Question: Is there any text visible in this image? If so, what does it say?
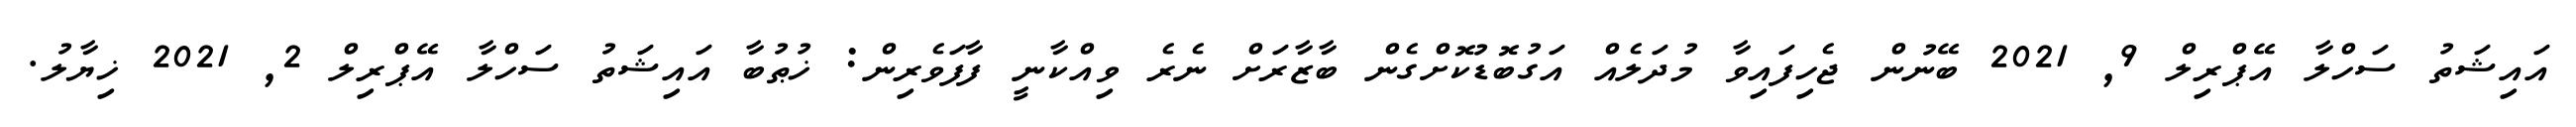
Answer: އައިޝަތު ސަހްލާ އޭޕްރިލް 9, 2021 ބޭނުން ޖެހިފައިވާ މުދަލެއް އަގުބޮޑުކޮށްގެން ބާޒާރަށް ނެރެ ވިއްކާނީ ފާފަވެރިން: ޚުޠުބާ އައިޝަތު ސަހްލާ އޭޕްރިލް 2, 2021 ޚިޔާލު.